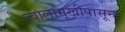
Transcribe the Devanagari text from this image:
ज्वालामूखीपासून